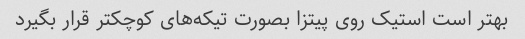
بهتر است استیک روی پیتزا بصورت تیکه‌های کوچکتر قرار بگیرد